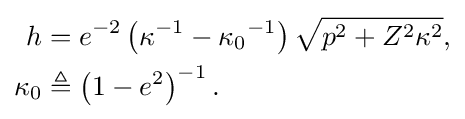
{\begin{aligned}h&=e^{-2}\left(\kappa ^{-1}-{\kappa _{0}}^{-1}\right){\sqrt {p^{2}+Z^{2}\kappa ^{2}}},\\\kappa _{0}&\triangleq \left(1-e^{2}\right)^{-1}.\end{aligned}}